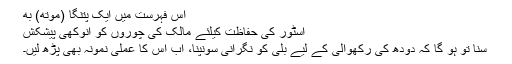
اس فہرست میں ایک پتنگا (موتھ) بھ
اسٹور کی حفاظت کیلئے مالک کی چوروں کو انوکھی پیشکش
سنا تو ہو گا کہ دودھ کی رکھوالی کے لیے بلی کو نگرانی سونپنا، اب اس کا عملی نمونہ بھی پڑھ لیں۔